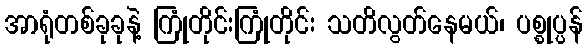
အာရုံတစ်ခုခုနဲ့ ကြုံတိုင်းကြုံတိုင်း သတိလွတ်နေမယ်၊ ပစ္စုပ္ပန်